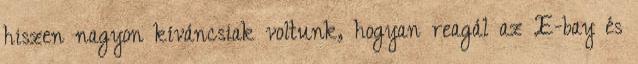
hiszen nagyon kíváncsiak voltunk, hogyan reagál az E-bay és